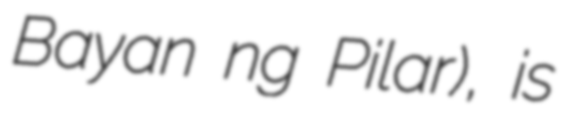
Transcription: Bayan ng Pilar), is